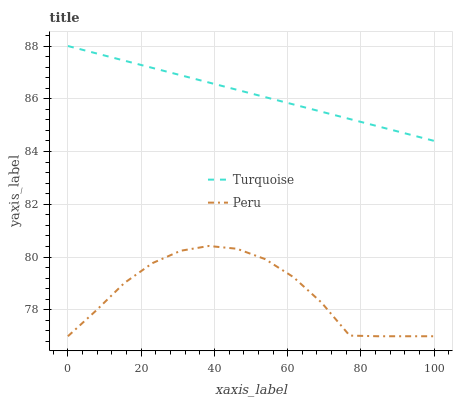
| xaxis_label | Turquoise | Peru |
 | --- | --- | --- |
 | 0 | 88 | 77 |
 | 7.69 | 87.7 | 78 |
 | 15.4 | 87.4 | 79 |
 | 23.1 | 87.2 | 79.8 |
 | 30.8 | 86.9 | 80.2 |
 | 38.5 | 86.6 | 80.4 |
 | 46.2 | 86.3 | 80.3 |
 | 53.8 | 86.1 | 79.9 |
 | 61.5 | 85.8 | 79.2 |
 | 69.2 | 85.5 | 78.3 |
 | 76.9 | 85.2 | 77 |
 | 84.6 | 85 | 77 |
 | 92.3 | 84.7 | 77 |
 | 100 | 84.4 | 77 |